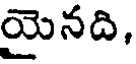
యైనది,